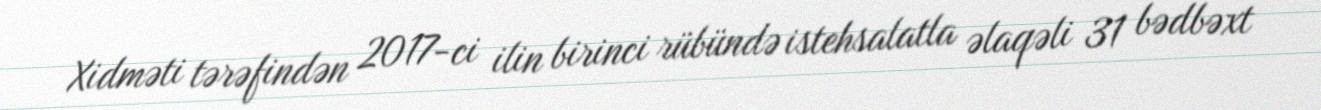
Xidməti tərəfindən 2017-ci ilin birinci rübündə istehsalatla əlaqəli 31 bədbəxt